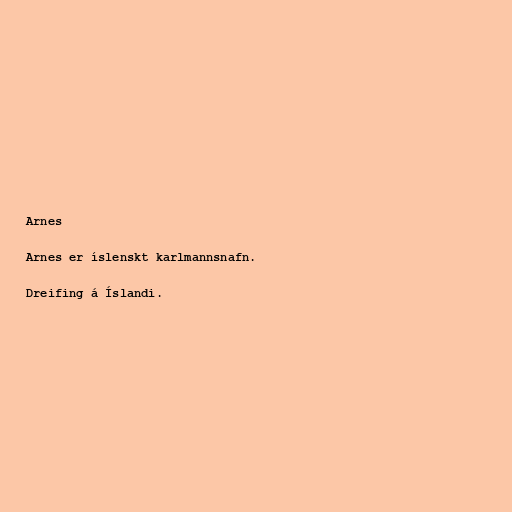
Arnes

Arnes er íslenskt karlmannsnafn.

Dreifing á Íslandi.